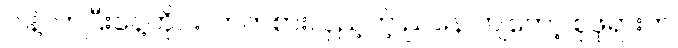
ငါနဲ့လာပြီးနေ့တိုင်းလာကစားလှည့်တဲ့ ညနေ ကျတော့ စုဖုရားက